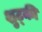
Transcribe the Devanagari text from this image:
शुट्की